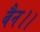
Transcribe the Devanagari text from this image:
बैन।।